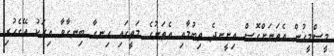
މީސްމީހުން އެތަނަށްގޮސް އިށީނދެ ތިބުމާއި އެތަނުގެ މަތީގައި ހިނގާ ބިނގާވާ އިރަކު އޭގެހުރި